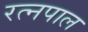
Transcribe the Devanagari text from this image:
रत्नपाल